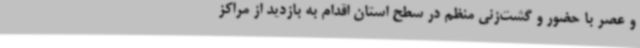
و عصر با حضور و گشت‌زنی منظم در سطح استان اقدام به بازدید از مراکز